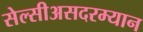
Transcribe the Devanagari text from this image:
सेल्सीअसदरम्यान